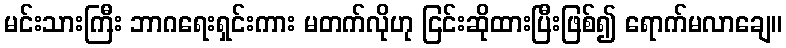
မင်းသားကြီး ဘာဂရေးရှင်းကား မတက်လိုဟု ငြင်းဆိုထားပြီးဖြစ်၍ ရောက်မလာချေ။